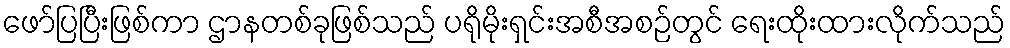
ဖော်ပြပြီးဖြစ်ကာ ဌာနတစ်ခုဖြစ်သည် ပရိုမိုးရှင်းအစီအစဉ်တွင် ရေးထိုးထားလိုက်သည်